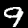
Label: 9